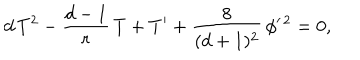
LaTeX: d \, T ^ { 2 } - { \frac { d - 1 } { r } } \, T + T ^ { \prime } + { \frac { 8 } { ( d + 1 ) ^ { 2 } } } \, \phi ^ { \prime \, 2 } = 0 ,